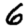
Digit: 6